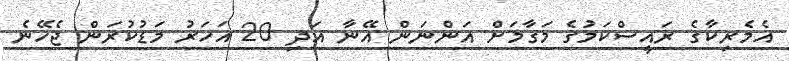
އެމެރިކާގެ ރައީސްކަމުގެ މަގާމަށް އަންނަން އޭނާ އަދި 20 އަހަރު މަޑުކުރަން ޖެހޭނެ